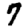
Digit: 7